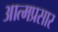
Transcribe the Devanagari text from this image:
आत्मप्रसार